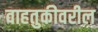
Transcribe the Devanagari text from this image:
वाहतुकीवरील